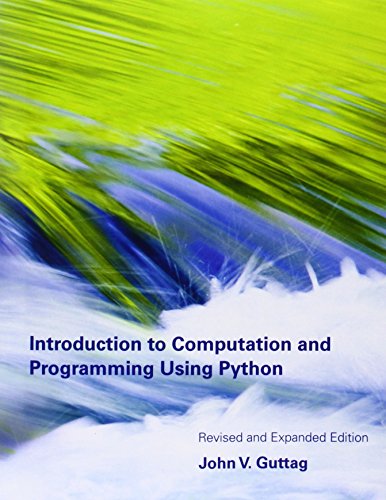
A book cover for Introduction to Computation and Programming Using Python; John V. Guttag; Computers & Technology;